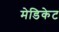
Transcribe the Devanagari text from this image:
मेडिकेट